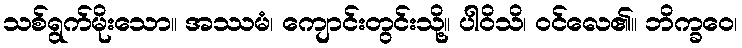
သစ်ရွက်မိုးသော။ အဿမံ၊ ကျောင်းတွင်းသို့။ ပါဝိသိ၊ ဝင်လေ၏။ ဘိက္ခဝေ၊